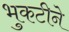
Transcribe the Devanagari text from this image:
भुकटीने